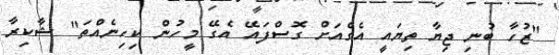
"ޒުހާ ބުނި ޖިޔާ ތިޔައީ އެގެއަށް ގޮސްފައޭ އެގޭ މީހުން ކިހިނެއްތަ" ޝާކިރާ